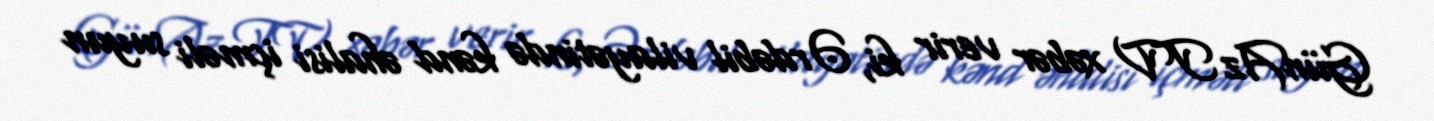
GünAz TV xəbər verir ki, Ərdəbil vilayətində kənd əhalisi içməli suyun